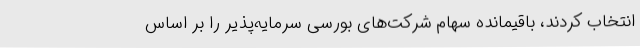
انتخاب کردند، باقیمانده سهام شرکت‌های بورسی سرمایه‌پذیر را بر اساس